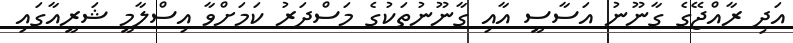
އަދި ރާއްޖޭގެ ގާނޫނު އަސާސީ އާއި ގާނޫނުތަކުގެ މަސްދަރު ކަމަށްވާ އިސްލާމީ ޝަރީއާގައި